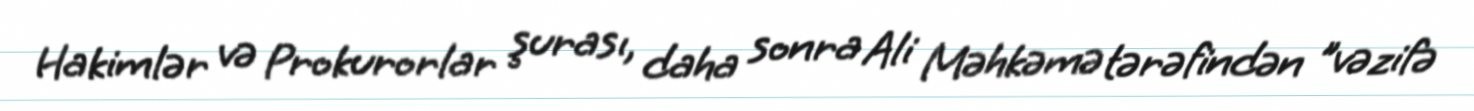
Hakimlər və Prokurorlar şurası, daha sonra Ali Məhkəmə tərəfindən "vəzifə